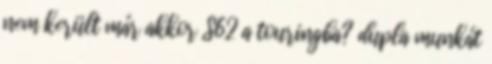
nem került már akkor S62 a touringba? dupla munkát